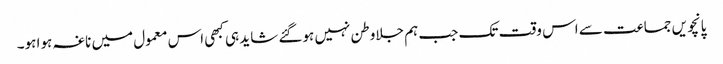
پانچویں جماعت سے اس وقت تک جب ہم جلاوطن نہیں ہوگئے شاید ہی کبھی اس معمول میں ناغہ ہوا ہو۔